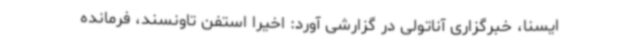
ایسنا، خبرگزاری آناتولی در گزارشی آورد: اخیرا استفن تاونسند، فرمانده